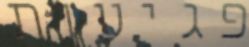
פגיעות